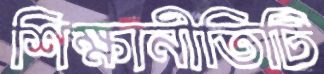
শিক্ষানীতিটি